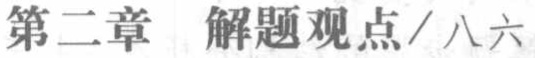
第二章 解题观点/八六